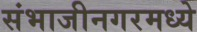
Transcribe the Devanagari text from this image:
संभाजीनगरमध्ये